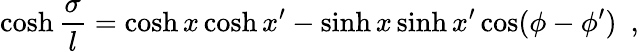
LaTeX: \cosh{\frac{\sigma}{l}}=\cosh x\cosh x^{\prime}-\sinh x\sinh x^{\prime}\cos(\phi-\phi^{\prime})~~,